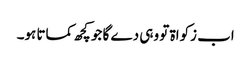
اب زکواۃ تو وہی دے گا جو کچھ کماتا ہو۔